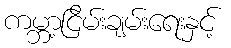
ကမ္ဘာ့ငြိမ်းချမ်းရေးနှင့်